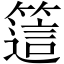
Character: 𥳅